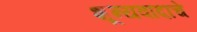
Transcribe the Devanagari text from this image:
शून्यवादाचे